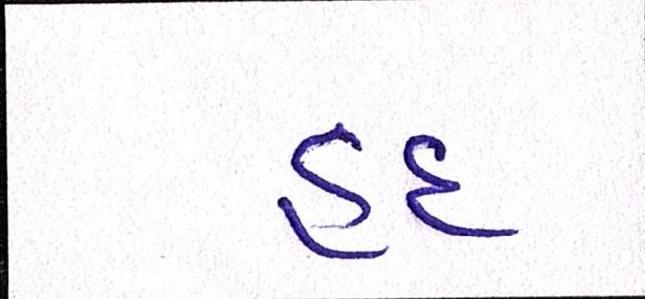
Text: હદ